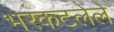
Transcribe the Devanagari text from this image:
भरकटलेले